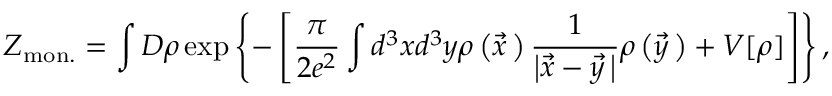
{ \cal Z } _ { \mathrm { m o n . } } = \int D \rho \exp \left\{ - \left[ \frac { \pi } { 2 e ^ { 2 } } \int d ^ { 3 } x d ^ { 3 } y \rho \left( \vec { x } { \, } \right) \frac { 1 } { \left| \vec { x } - \vec { y } { \, } \right| } \rho \left( \vec { y } { \, } \right) + V [ \rho ] \right] \right\} ,